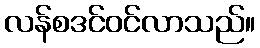
လန်စဒင်ဝင်လာသည်။